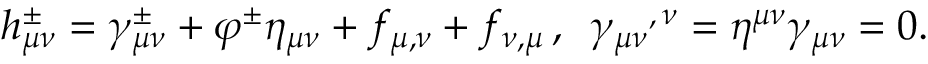
h _ { \mu \nu } ^ { \pm } = \gamma _ { \mu \nu } ^ { \pm } + \varphi ^ { \pm } \eta _ { \mu \nu } + f _ { \mu , \nu } + f _ { \nu , \mu } \, , \, \, \, { \gamma _ { \mu \nu } } ^ { , \, \nu } = \eta ^ { \mu \nu } \gamma _ { \mu \nu } = 0 .